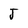
Character: J